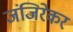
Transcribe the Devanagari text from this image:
जंजिरेकर